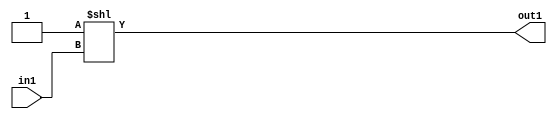
`timescale 1ps / 1ps
/*****************************************************************************
    Verilog RTL Description
    
    
    Created by: Stratus DpOpt 2019.1.01 
*******************************************************************************/

module feature_write_addr_gen_DECODE_2U_32_4 (
	in1,
	out1
	); /* architecture "behavioural" */ 
input  in1;
output [1:0] out1;
wire [1:0] asc001;

assign asc001 = 2'B01 << in1;

assign out1 = asc001;
endmodule

/* CADENCE  urnySA8= : u9/ySgnWtBlWxVPRXgAZ4Og= ** DO NOT EDIT THIS LINE ******/